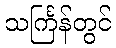
သင်္ကြန်တွင်